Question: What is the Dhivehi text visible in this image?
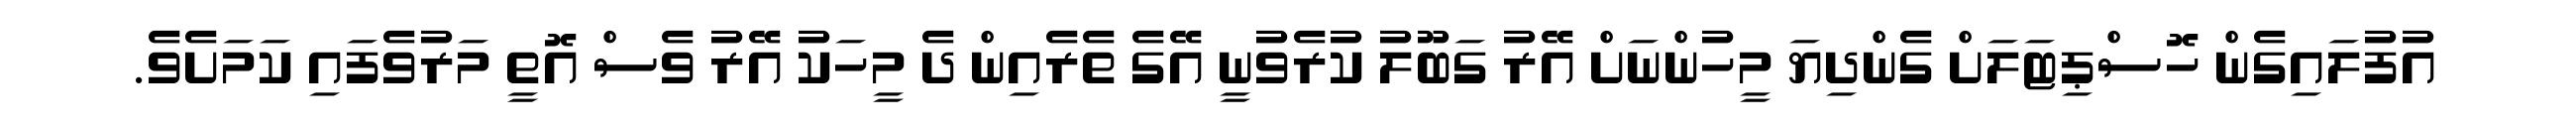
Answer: އުފުލައިގެން ހޮސްޕިޓަލަށް ގެންދިޔަ މީހުންނަށް އޭރު ގަބޫލު ކުރެވުނީ އޭގެ ތެރެއިން ދެ މީހަކު އޭރު ވެސް އޮތީ މަރުވެފައި ކަމަށެވެ.